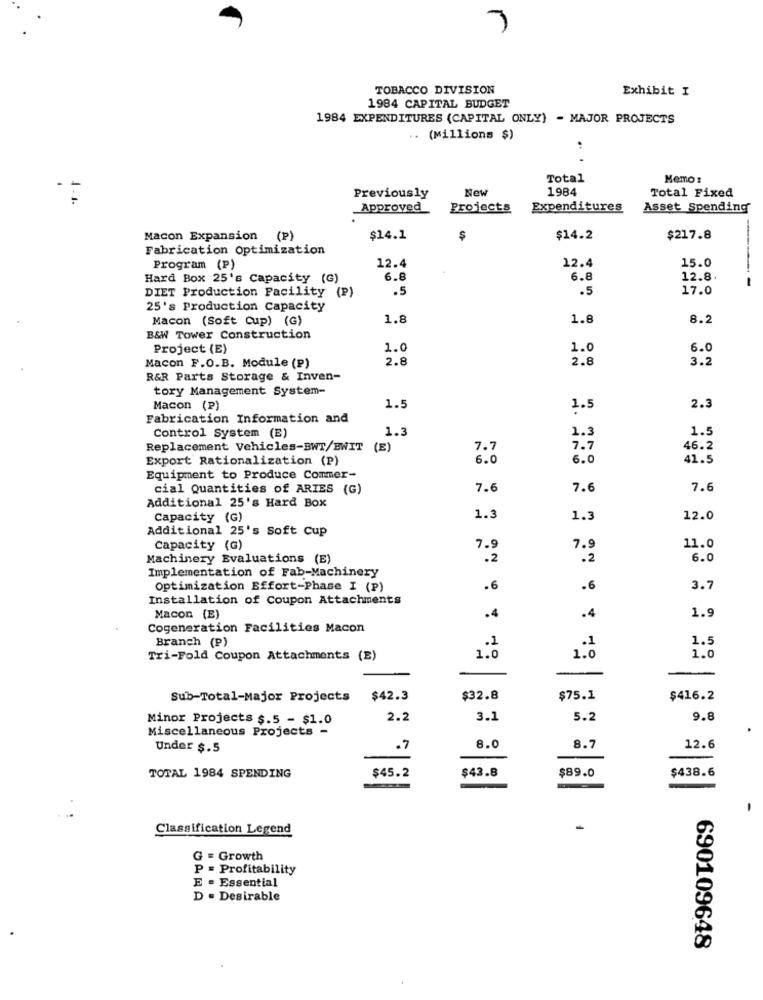
TOBACCO DIVISION
Exhibit I
1984 CAPITAL BUDGET
1984 EXPENDITURES (CAPITAL ONLY) - MAJOR PROJECTS
.. (Millions $)
Total
Memo :
New
1984
Total Fixed
1.1.
Previously
Approved
Projects
Expenditures
Asset Spending
Macon Expansion (P)
$14.1
$
$14.2
$217.8
Fabrication Optimization
12.4
12.4
15.0
Program (P)
Hard Box 25's Capacity (G)
6.8
6.8
12.8
-
.5
.5
17.0
DIET Production Facility (P)
25's Production Capacity
Macon (Soft Cup) (G)
1.8
1.8
8.2
B&W Tower Construction
Project (E)
1.0
1.0
6.0
2.8
2.8
3.2
Macon F.O.B. Module (P)
R& Parts Storage & Inven-
tory Management System-
Macon (P)
1.5
1.5
2.3
Fabrication Information and
1.3
1.3
1.5
Control System (E)
Replacement Vehicles-BWT/EWIT (E)
7.7
7.7
46.2
Export Rationalization (P)
6.0
6.0
41.5
Equipment to Produce Commer-
cial Quantities of ARIES (G)
7.6
7.6
7.6
Additional 25's Hard Box
Capacity (G)
1.3
1.3
12.0
Additional 25's Soft Cup
Capacity (G)
7.9
7.9
11.0
Machinery Evaluations (E)
.2
.2
6.0
Implementation of Fab-Machinery
Optimization Effort-Phase I (P)
.6
.6
3.7
Installation of Coupon Attachments
Macon (E)
.
.4
1.9
Cogeneration Facilities Macon
Branch (P)
1.5
Tri-Fold Coupon Attachments (E)
1.0
1.0
Sub-Total-Major Projects
$42.3
$32.8
$75.1
$416.2
Minor Projects $.5 - $1.0
2.2
3.1
5.2
9.8
Miscellaneous Projects -
Under $.5
.7
8.0
8.7
12.6
$45.2
$43.8
$89.0
TOTAL 1984 SPENDING
$438.6
Classification Legend
G = Growth
P = Profitability
E = Essential
D . Desirable
690109648